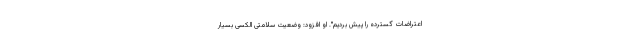
اعتراضات گسترده را پیش بردیم". او افزود: وضعیت سلامتی الکسی بسیار